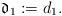
LaTeX: \begin{align*} \mathfrak{d}_1:=d_1. \end{align*}